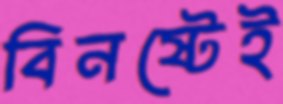
বিনষ্টেই